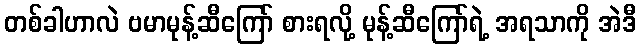
တစ်ခါဟာလဲ ဗမာမုန့်ဆီကြော် စားရလို့ မုန့်ဆီကြော်ရဲ့ အရသာကို အဲဒီ